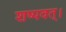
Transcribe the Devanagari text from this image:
शष्पवत्‌।